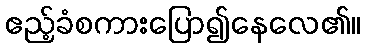
ဧည့်ခံစကားပြော၍နေလေ၏။